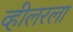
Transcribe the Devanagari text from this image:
व्हीलरला